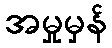
အမှုမှန်